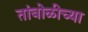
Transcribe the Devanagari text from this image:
तांबोळीच्या